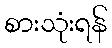
စားသုံးရန်